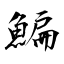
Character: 鯿